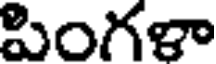
పింగళా